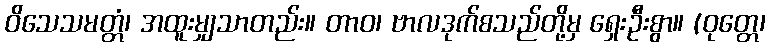
ဝိသေသမတ္တံ၊ အထူးမျှသာတည်း။ တာဝ၊ ဗာလဒုက်စသည်တို့မှ ရှေးဦးစွာ။ (ဝုတ္တေ၊